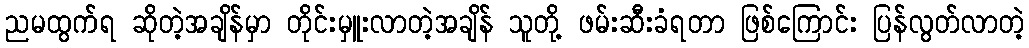
ညမထွက်ရ ဆိုတဲ့အချိန်မှာ တိုင်းမှူးလာတဲ့အချိန် သူတို့ ဖမ်းဆီးခံရတာ ဖြစ်ကြောင်း ပြန်လွတ်လာတဲ့